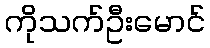
ကိုသက်ဦးမောင်